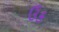
ઉક